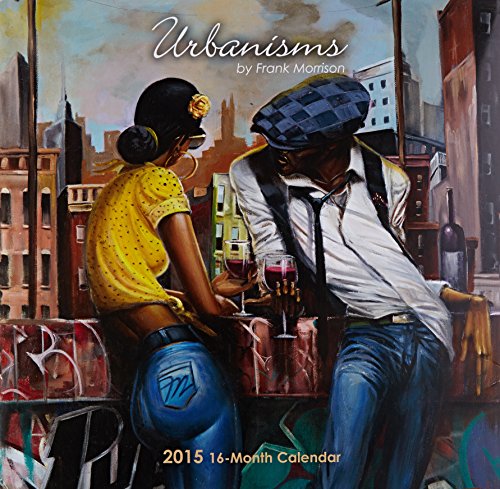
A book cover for Urbanism by Frank Morrison 2015 Calendar; Calendars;